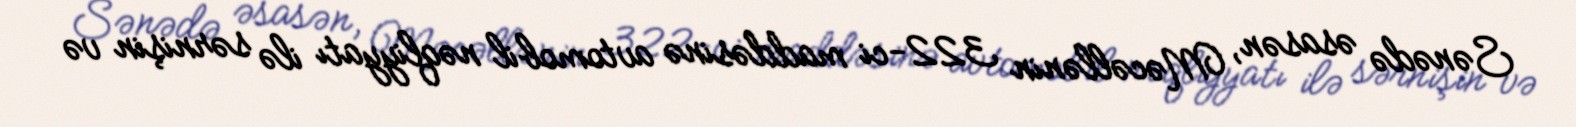
Sənədə əsasən, Məcəllənin 322-ci maddəsinə avtomobil nəqliyyatı ilə sərnişin və